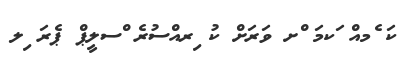
ކަ ެމއް ަކމަ ްށ ވަރަށް ކު ިރއްސުރެ ްސލީޕް ޕެރަ ިލ